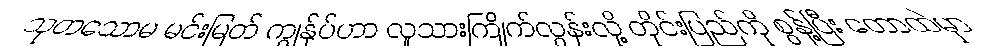
သုတသောမ မင်းမြတ် ကျွန်ုပ်ဟာ လူသားကြိုက်လွန်းလို့ တိုင်းပြည်ကို စွန့်ပြီး တောထဲမှာ